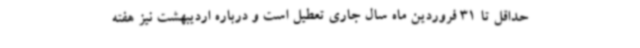
حداقل تا 31 فروردین ماه سال جاری تعطیل است و درباره اردیبهشت نیز هفته